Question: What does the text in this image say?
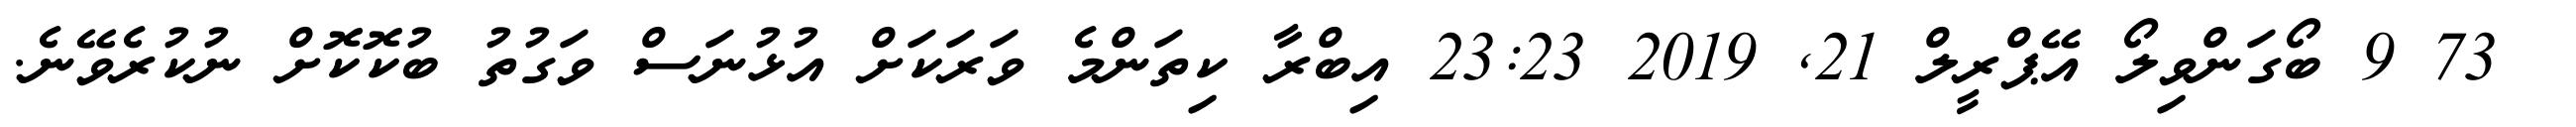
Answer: ? 73 9 ބޯގަންވިލޯ އޭޕްރީލް 21, 2019 23:23 އިބްރާ ކިތަންމެ ވަރަކަށް އުޅުނަސް ވަގުތު ބުކޮކޮށް ނުކުރެވޭނެ.